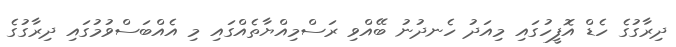
ދިރާގުގެ ހެޑް އޮފީހުގައި މިއަދު ހެނދުނު ބޭއްވި ރަސްމިއްޔާތެއްގައި މި އެއްބަސްވުމުގައި ދިރާގުގެ